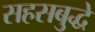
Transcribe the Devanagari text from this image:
सहसबुद्धे